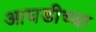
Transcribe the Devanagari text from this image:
आघडीच्या